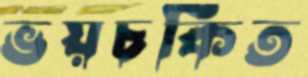
ভয়চকিত